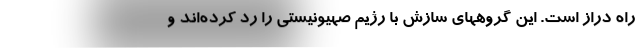
راه دراز است. این گروههای سازش با رژیم صهیونیستی را رد کرده‌اند و